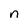
Character: n